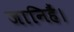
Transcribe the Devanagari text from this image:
जानिहैं।